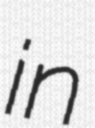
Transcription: in